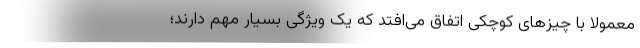
معمولا با چیزهای کوچکی اتفاق می‌افتد که یک ویژگی بسیار مهم دارند؛